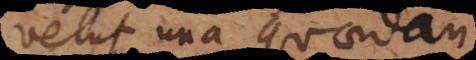
velut una quaedam